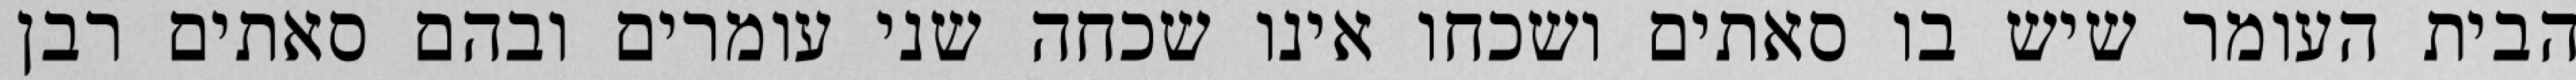
הבית העומר שיש בו סאתים ושכחו אינו שכחה שני עומרים ובהם סאתים רבן